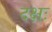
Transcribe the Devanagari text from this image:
दक्षः